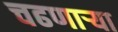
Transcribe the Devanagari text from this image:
चढणार्‍या